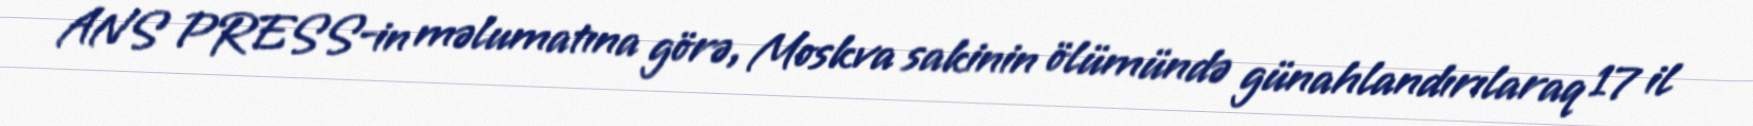
ANS PRESS-in məlumatına görə, Moskva sakinin ölümündə günahlandırılaraq 17 il